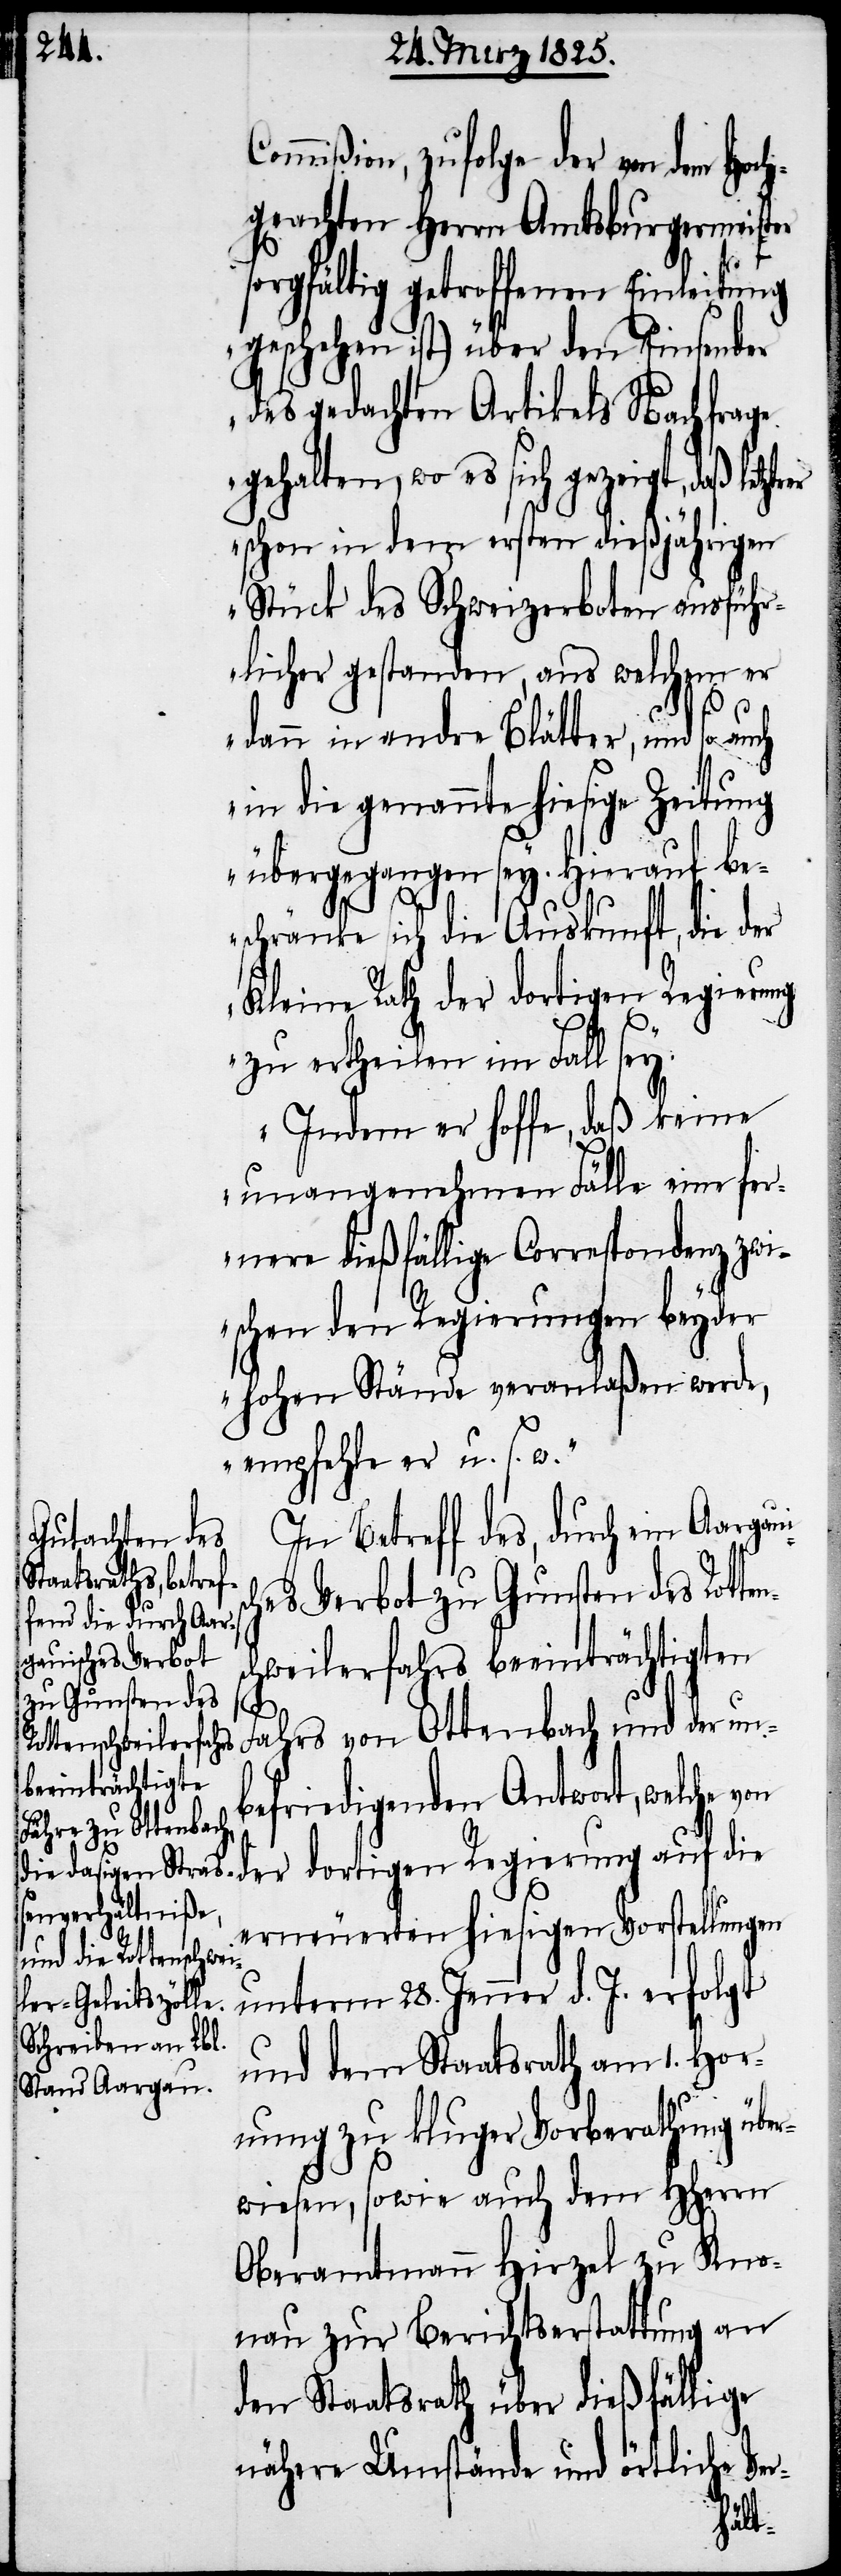
gauisches Verbot
zu Gunsten des
Rottenschweilerfahrs
beeinträchtigten

Commißion, zufolge der von dem Hoch¬
geachten Herrn Amtsburgermeister
sorgfältig getroffenen Einleitung
geschehen ist) über den Einsender
des gedachten Artikels Nachfrage
gehalten, wo es sich gezeigt, daß le¬
schon in dem ersten dießjährigen
Stück des Schweizerboten ausführ¬
licher gestanden, aus welchem er
dann in andre Blätter, und so auch
in die genannte hiesige Zeitung
übergegangen sey. Hierauf be¬
schränke sich die Auskunft, die der
Kleine Rath der dortigen Regierung
zu ertheilen im Fall sey.
Indem er hoffe, daß keine
unangenehmen Fälle eine fer¬
nere dießfällige Correspondenz zwi¬
schen den Regierungen beyder
hohen Stände veranlaßen werde,
empfehle er u. s. w.“
In Betreff des, durch ein
Fahrs von Ottenbach und der un¬
befriedigenden Antwort, welche von
der dortigen Regierung auf die
erneuerten hiesigen Vorstellungen
unterm 28. Jenner d. J. erfolgt
und dem Staatsrath am 1. Hor¬
nung zu kluger Vorberathung über¬
wiesen, sowie auch dem HHerrn
Oberamtmann Hirzel zu Kno¬
nau zur Berichtserstattung an
den Staatsrath über dießfällige
nähere Umstände und örtliche Ver-
Aar¬